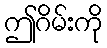
ဤဂိမ်းကို